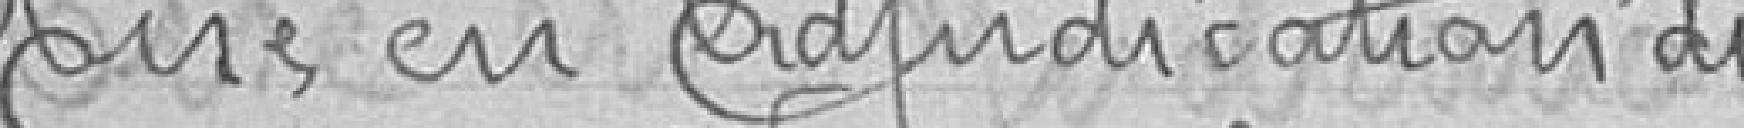
Mise en adjudication des